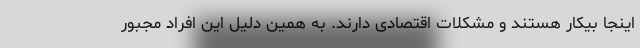
اینجا بیکار هستند و مشکلات اقتصادی دارند. به همین دلیل این افراد مجبور